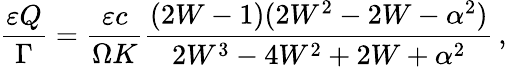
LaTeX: \frac{\varepsilon Q}{\Gamma}=\frac{\varepsilon c}{\Omega K}\frac{(2W-1)(2W^{2}-2W-\alpha^{2})}{2W^{3}-4W^{2}+2W+\alpha^{2}}\, ,